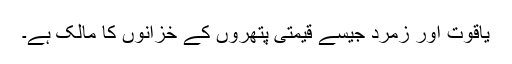
یاقوت اور زمرد جیسے قیمتی پتھروں کے خزانوں کا مالک ہے۔